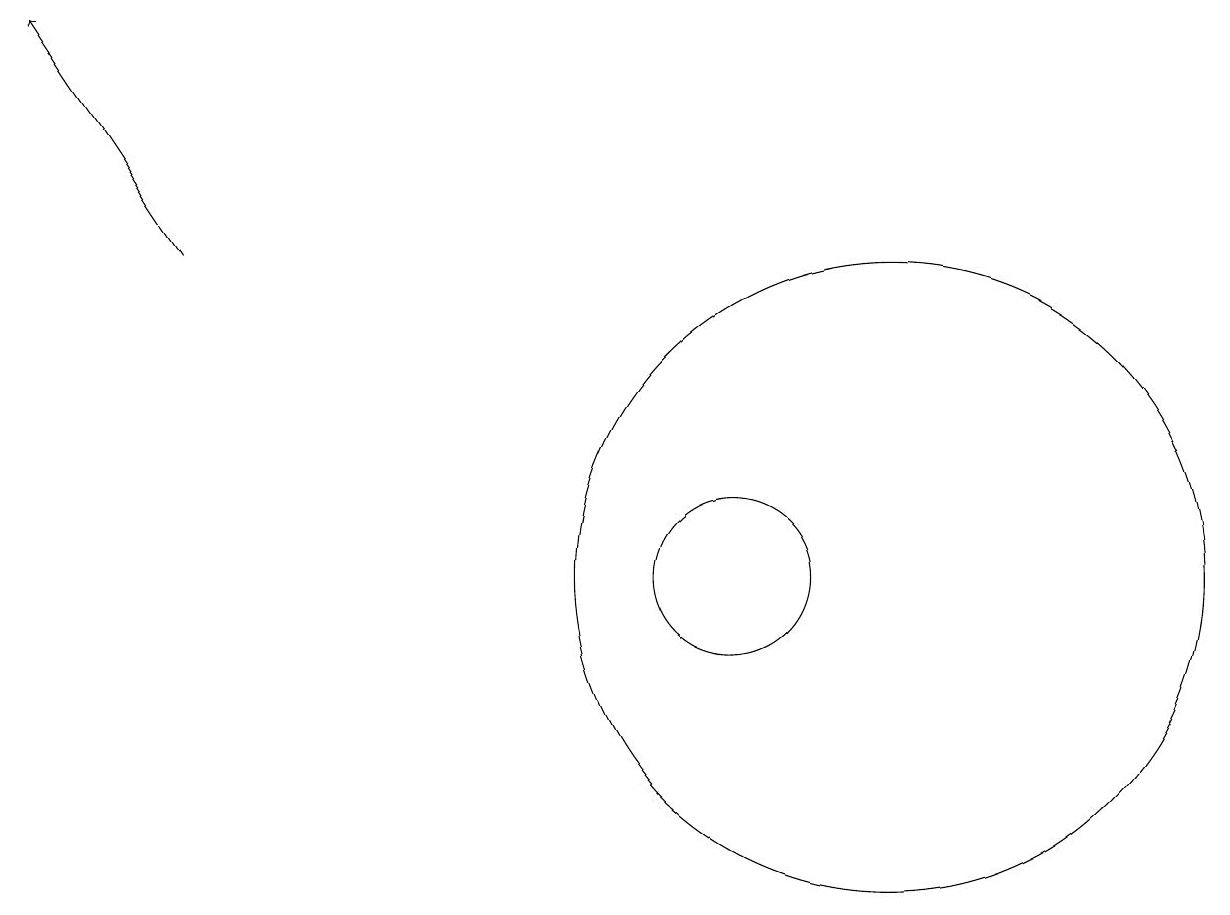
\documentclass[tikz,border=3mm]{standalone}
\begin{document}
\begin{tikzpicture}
\draw (12,10) circle (4);
\draw (10,10) circle (1);
\draw[->] (3,14) -- (1,17);
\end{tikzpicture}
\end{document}